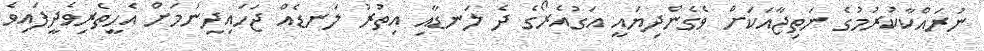
ނުރައްކާކުރުމުގެ ނަތިޖާއަކަށް ވެގެންދިޔައީ އަގުއެރޯގެ ދެ ލަނޑާއި އިތުރު ލަނޑެއް ޖަހައިދިނުމަށް އެހީތެރިވެދީފައިވެ